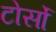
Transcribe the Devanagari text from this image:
टोर्सो